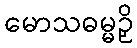
မောသဓမ္မဉှိ